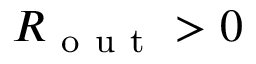
R _ { \mathrm { ~ o ~ u ~ t ~ } } > 0